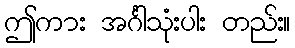
ဤကား အင်္ဂါသုံးပါး တည်း။